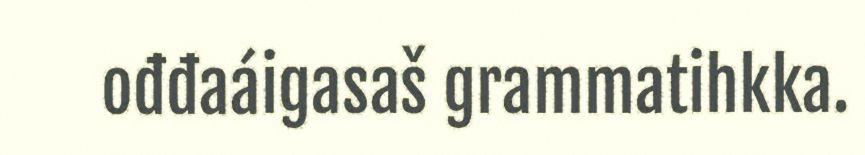
ođđaáigasaš grammatihkka.